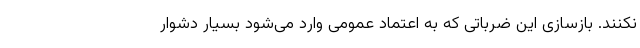
نکنند. بازسازی این ضرباتی که به اعتماد عمومی وارد می‌شود بسیار دشوار